Vaccine operations Central Provinces 1868-1885 - 1868-1885
Year: 1868
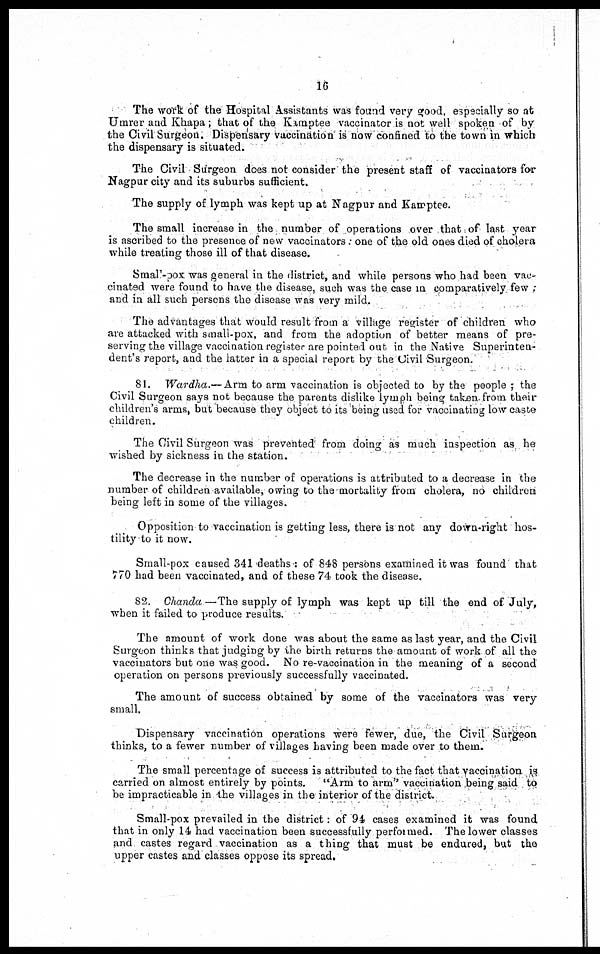
16
The work of the Hospital Assistants was found very good, especially so at
Umrer and Khapa; that of the Kamptee vaccinator is not well spoken of by
the Civil Surgeon; Dispensary vaccination is now confined to the town in which
the dispensary is situated.
The Civil Surgeon does not consider the present staff of vaccinators for
Nagpur city and its suburbs sufficient.
The supply of lymph was kept up at Nagpur and Kamptee.
The small increase in the number of operations over that of last year
is ascribed to the presence of new vaccinators. one of the old ones died of cholera
while treating those ill of that disease.
Small-pox was general in the district, and while persons who had been vac-
cinated were found to have the disease, such was the case in comparatively few ;
and in all such persons the disease was very mild.
The advantages that would result from a village register of children who
are attacked with small-pox, and from the adoption of better means of pre-
serving the village vaccination register are pointed out in the Native Superinten-
dent's report, and the latter in a special report by the Civil Surgeon.
81. Wardha.—Arm to arm vaccination is objected to by the people ; the
Civil Surgeon says not because the parents dislike lymph being taken from their
children's arms, but because they object to its being used for vaccinating low caste
children.
The Civil Surgeon was prevented from doing as much inspection as he
wished by sickness in the station.
The decrease in the number of operations is attributed to a decrease in the
number of children available, owing to the mortality from cholera, no children
being left in some of the villages.
Opposition to vaccination is getting less, there is not any down-right hos-
tility to it now.
Small-pox caused 341 deaths : of 848 persons examined it was found that
770 had been vaccinated, and of these 74 took the disease.
82. Chanda —The supply of lymph was kept up till the end of July,
when it failed to produce results.
The amount of work done was about the same as last year, and the Civil
Surgeon thinks that judging by the birth returns the amount of work of all the
vaccinators but one was good. No re-vaccination in the meaning of a second
operation on persons previously successfully vaccinated.
The amount of success obtained by some of the vaccinators was very
small.
Dispensary vaccination operations were fewer, due, the Civil Surgeon
thinks, to a fewer number of villages having been made over to them.
The small percentage of success is attributed to the fact that vaccination is
carried on almost entirely by points. "Arm to arm" vaccination being said to
be impracticable in the villages in the interior of the district.
Small-pox prevailed in the district: of 94 cases examined it was found
that in only 14 had vaccination been successfully perfotmed. The lower classes
and castes regard vaccination as a thing that must be endured, but the
upper castes and classes oppose its spread.